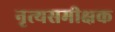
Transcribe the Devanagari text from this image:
नृत्यसमीक्षक